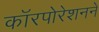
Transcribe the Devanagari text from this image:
काॅरपोरेशनने